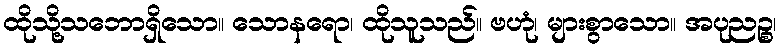
ထိုသို့သဘောရှိသော။ သောနရော၊ ထိုသူသည်။ ဗဟုံ၊ များစွာသော။ အပုညဉ္စ၊